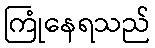
ကြုံနေရသည်